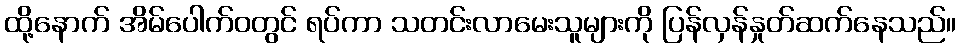
ထို့နောက် အိမ်ပေါက်ဝတွင် ရပ်ကာ သတင်းလာမေးသူများကို ပြန်လှန်နှုတ်ဆက်နေသည်။